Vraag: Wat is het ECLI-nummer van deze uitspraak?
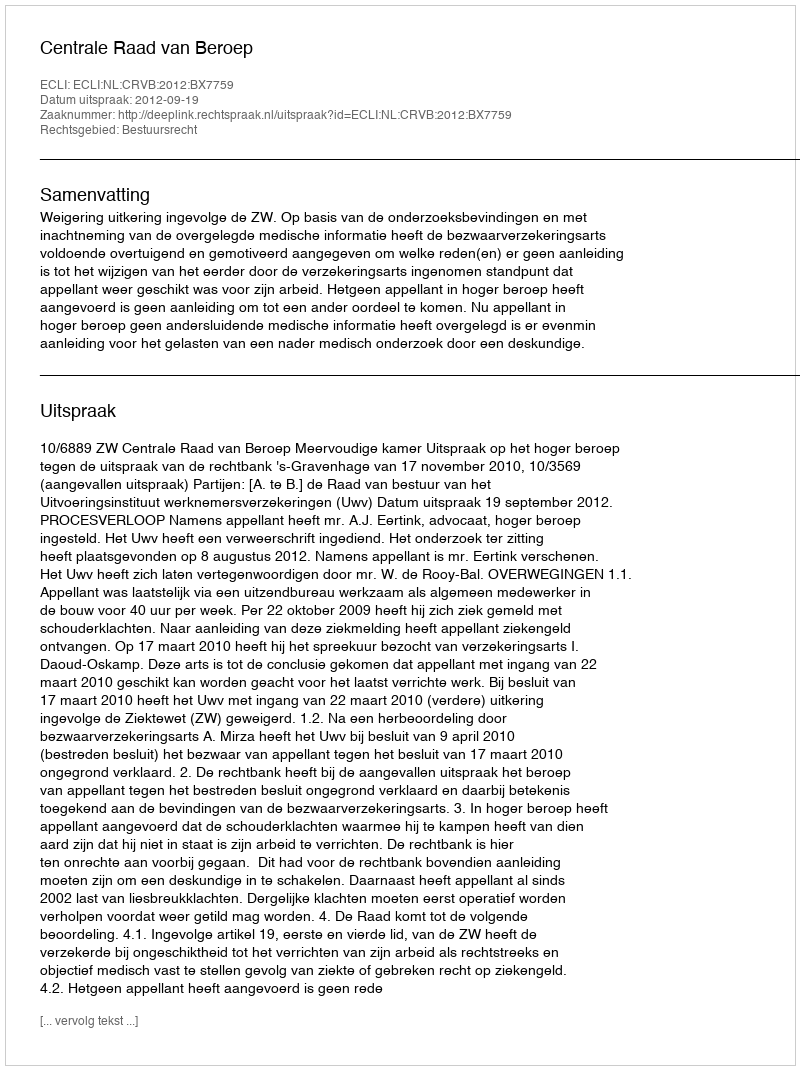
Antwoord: ECLI:NL:CRVB:2012:BX7759